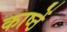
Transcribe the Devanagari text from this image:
काष्ठें